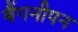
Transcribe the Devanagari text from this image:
बैंगनीपन